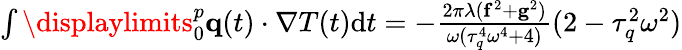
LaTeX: \begin{array}{r}{\int\displaylimits_{0}^{p}\mathbf q(t)\cdot\nabla T(t)\textrm{d}t=-\frac{2\pi\lambda(\mathbf f^{2}+\mathbf g^{2})}{\omega(\tau_{q}^{4}\omega^{4}+4)}(2-\tau_{q}^{2}\omega^{2})}\end{array}